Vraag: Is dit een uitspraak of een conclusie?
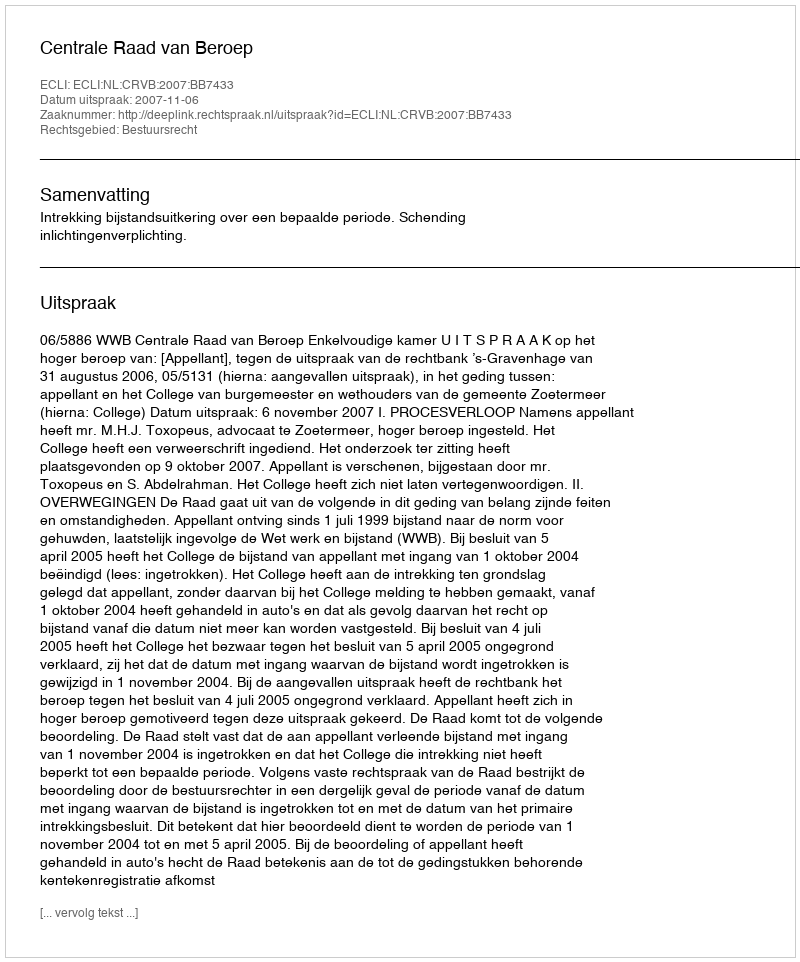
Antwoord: Uitspraak